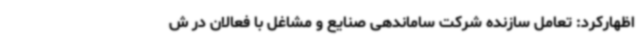
اظهارکرد: تعامل سازنده شرکت ساماندهی صنایع و مشاغل با فعالان در ش